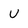
Character: U